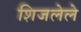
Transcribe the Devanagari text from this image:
शिजलेले